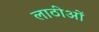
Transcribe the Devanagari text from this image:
लाठीओं